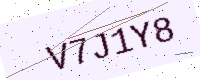
Text: V7J1Y8